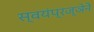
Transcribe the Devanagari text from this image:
स्वयंप्रज्ञेने